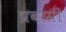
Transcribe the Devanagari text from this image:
प्रबासी